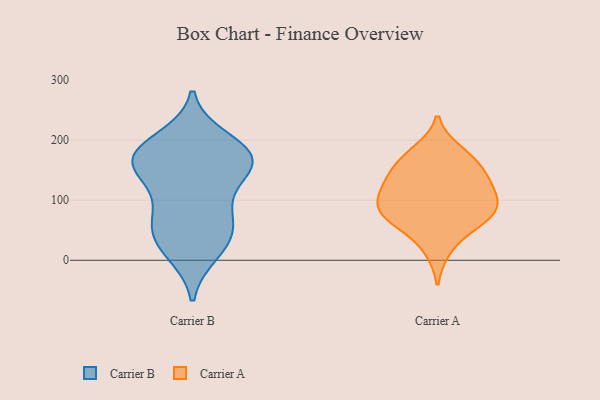
{"axis": {"x": "Active Users", "y": "Value"}, "legend": ["Carrier A", "Carrier B"], "data": [{"x": "", "y": 200, "type": "Carrier B"}, {"x": "", "y": 76, "type": "Carrier B"}, {"x": "", "y": 173, "type": "Carrier B"}, {"x": "", "y": 176, "type": "Carrier B"}, {"x": "", "y": 57, "type": "Carrier B"}, {"x": "", "y": 148, "type": "Carrier B"}, {"x": "", "y": 14, "type": "Carrier B"}, {"x": "", "y": 142, "type": "Carrier B"}, {"x": "", "y": 168, "type": "Carrier B"}, {"x": "", "y": 172, "type": "Carrier B"}, {"x": "", "y": 41, "type": "Carrier B"}, {"x": "", "y": 87, "type": "Carrier B"}, {"x": "", "y": 26, "type": "Carrier B"}, {"x": "", "y": 170, "type": "Carrier B"}, {"x": "", "y": 175, "type": "Carrier A"}, {"x": "", "y": 123, "type": "Carrier A"}, {"x": "", "y": 182, "type": "Carrier A"}, {"x": "", "y": 90, "type": "Carrier A"}, {"x": "", "y": 61, "type": "Carrier A"}, {"x": "", "y": 141, "type": "Carrier A"}, {"x": "", "y": 118, "type": "Carrier A"}, {"x": "", "y": 95, "type": "Carrier A"}, {"x": "", "y": 60, "type": "Carrier A"}, {"x": "", "y": 142, "type": "Carrier A"}, {"x": "", "y": 72, "type": "Carrier A"}, {"x": "", "y": 100, "type": "Carrier A"}, {"x": "", "y": 81, "type": "Carrier A"}, {"x": "", "y": 158, "type": "Carrier A"}, {"x": "", "y": 17, "type": "Carrier A"}]}